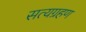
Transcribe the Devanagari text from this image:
सत्यग्रहण